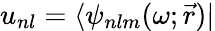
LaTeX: {u_{nl}=\langle\psi_{nlm}(\omega;\vec{r})|}